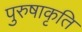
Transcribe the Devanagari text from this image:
पुरुषाकृति